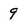
Character: 9